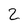
Character: 2